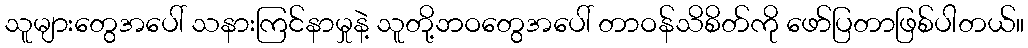
သူများတွေအပေါ် သနားကြင်နာမှုနဲ့ သူတို့ဘဝတွေအပေါ် တာဝန်သိစိတ်ကို ဖော်ပြတာဖြစ်ပါတယ်။